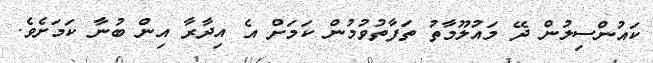
ކައުންސިލުން ދޭ މައުލޫމާތު ތަފާތުވުމުން ކަމަށް އެ އިދާރާ އިން ބުނާ ކަމަށެވެ.